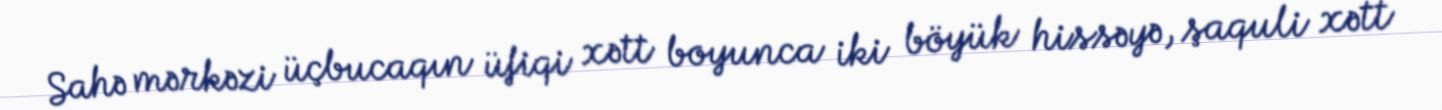
Sahə mərkəzi üçbucaqın üfiqi xətt boyunca iki böyük hissəyə, şaquli xətt